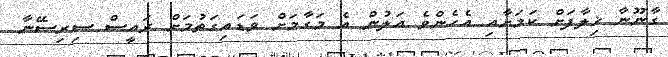
ގާނޫނާ ޚިލާފަށް ކަމަށާއި އެހެންވެ އަލުން އެ މަގާމަށް ވަޑައިގަތުމަށް ރައީސް ސިރިސޭނާ